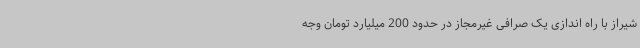
شیراز با راه اندازی یک صرافی غیرمجاز در حدود 200 میلیارد تومان وجه